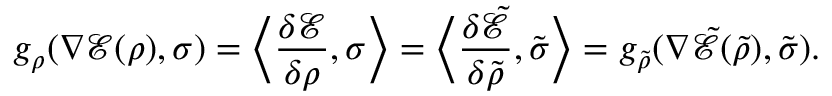
g _ { \rho } ( \nabla \mathcal { E } ( \rho ) , \sigma ) = \Bigl \langle \frac { \delta \mathcal { E } } { \delta \rho } , \sigma \Bigr \rangle = \Bigl \langle \frac { \delta \tilde { \mathcal { E } } } { \delta \tilde { \rho } } , \tilde { \sigma } \Bigr \rangle = g _ { \tilde { \rho } } ( \nabla \tilde { \mathcal { E } } ( \tilde { \rho } ) , \tilde { \sigma } ) .